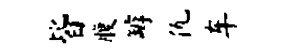
皆腹罅仇车